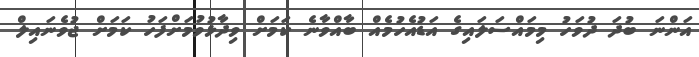
އަންނަ ބުދަ ދުވަހު މިމައްސަލައިގެ އަޑުއެހުމެއް ބާއްވާނެ ކަަމަށް ވިދާޅުވުމަށްފަހު ކަމަށް ޖުވެނައިލް